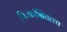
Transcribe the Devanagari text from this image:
निःकांक्षितत्त्व